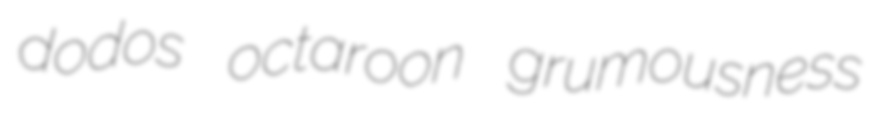
dodos octaroon grumousness